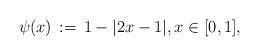
LaTeX: \begin{align*} \psi(x) \,:=\, 1 - |2x -1|, x\in [0,1],\end{align*}